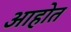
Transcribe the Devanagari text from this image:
अाहोत